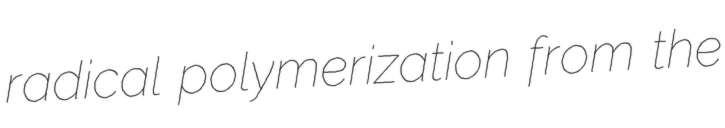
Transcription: radical polymerization from the